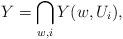
LaTeX: \begin{align*}Y=\bigcap_{w, i} Y(w, U_i),\end{align*}